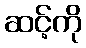
ဆင့်ကို